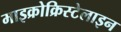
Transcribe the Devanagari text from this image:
माइक्रोक्रिस्टेलाइन